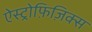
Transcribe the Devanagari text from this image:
ऐस्ट्रोफ़िज़िक्स